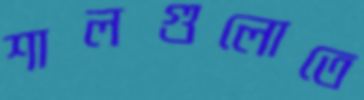
শালগুলোতে